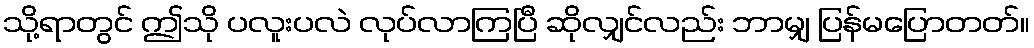
သို့ရာတွင် ဤသို ပလူးပလဲ လုပ်လာကြပြီ ဆိုလျှင်လည်း ဘာမျှ ပြန်မပြောတတ်။